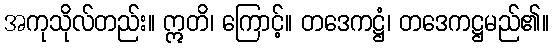
အကုသိုလ်တည်း။ ဣတိ၊ ကြောင့်။ တဒေကဋ္ဌံ၊ တဒေကဋ္ဌမည်၏။